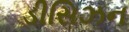
ડીસિઝન